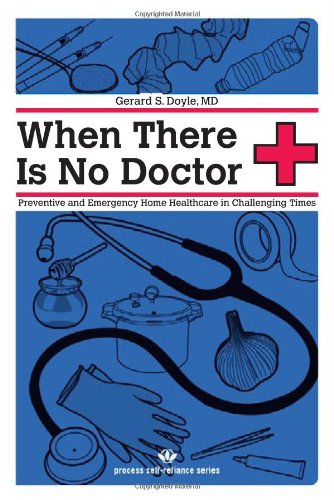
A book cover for When There Is No Doctor: Preventive and Emergency Healthcare in Challenging Times (Process Self-reliance Series); Gerard S. Doyle; Medical Books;